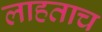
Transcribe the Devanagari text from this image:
लाहताच